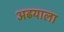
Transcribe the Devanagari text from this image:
अढयाला